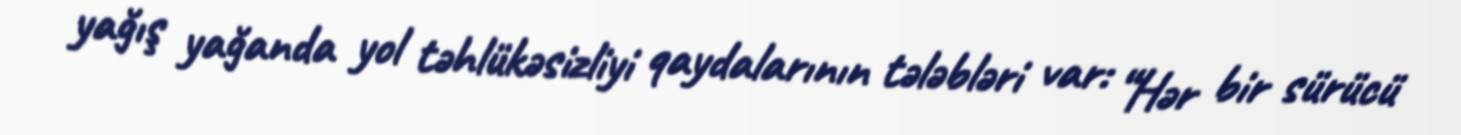
yağış yağanda yol təhlükəsizliyi qaydalarının tələbləri var: “Hər bir sürücü